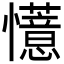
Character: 𫻟